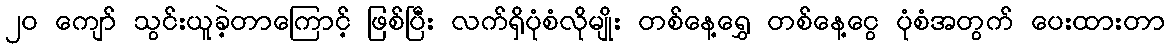
၂၀ ကျော် သွင်းယူခဲ့တာကြောင့် ဖြစ်ပြီး လက်ရှိပုံစံလိုမျိုး တစ်နေ့ရွှေ တစ်နေ့ငွေ ပုံစံအတွက် ပေးထားတာ